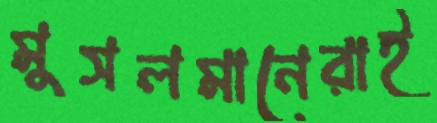
মুসলমানেরাই